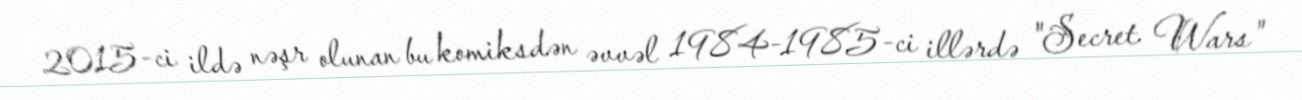
2015-ci ildə nəşr olunan bu komiksdən əvvəl 1984-1985-ci illərdə "Secret Wars"